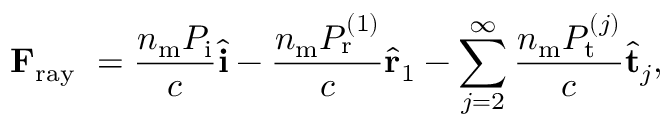
\mathbf { F } _ { \mathrm { r a y ~ } } = \frac { n _ { \mathrm { m } } P _ { \mathrm { i } } } { c } \hat { \mathbf { i } } - \frac { n _ { \mathrm { m } } P _ { \mathrm { r } } ^ { ( 1 ) } } { c } \hat { \mathbf { r } } _ { 1 } - \sum _ { j = 2 } ^ { \infty } \frac { n _ { \mathrm { m } } P _ { \mathrm { t } } ^ { ( j ) } } { c } \hat { \mathbf { t } } _ { j } ,